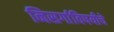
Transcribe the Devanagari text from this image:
निसर्गाविषयीचे